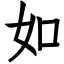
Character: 如